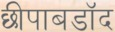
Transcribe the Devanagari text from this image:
छीपाबडॉद